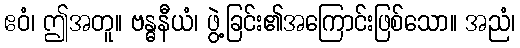
ဧဝံ၊ ဤအတူ။ ဗန္ဓနီယံ၊ ဖွဲ့ခြင်း၏အကြောင်းဖြစ်သော။ အညံ၊